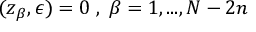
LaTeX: ( z _ { \beta } , \epsilon ) = 0 \; , \; \beta = 1 , . . . , N - 2 n